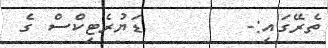
ތެރޭގައި:-        ޑަޔުރެޓިކްސް ގެ